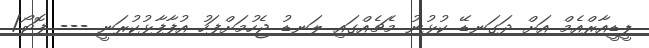
ޕީޑީއާރްއެމް އަށް ދަގަނޑޭ ކުޅުނު މެޗެއްގައި ލަނޑު ޖެހުމަށްފަހު އުފާފާޅުކުރަނީ --- ފޮޓޯ/